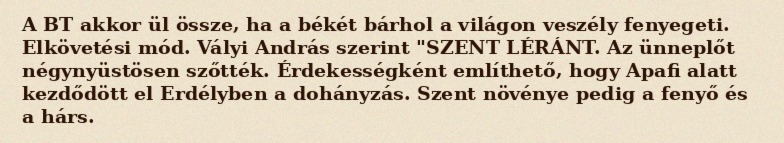
A BT akkor ül össze, ha a békét bárhol a világon veszély fenyegeti. Elkövetési mód. Vályi András szerint "SZENT LÉRÁNT. Az ünneplőt négynyüstösen szőtték. Érdekességként említhető, hogy Apafi alatt kezdődött el Erdélyben a dohányzás. Szent növénye pedig a fenyő és a hárs.